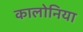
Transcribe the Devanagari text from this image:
कालोनिया